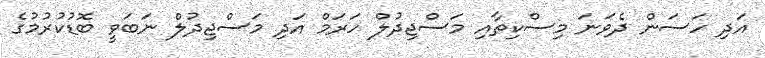
އަދި ހަސަން ދެވަނަ މިސްކިތާއި މަސްޖިދުލް ހަރަމް އަދި މަސްޖިދުލް ނަބަވީ ބޮޑުކުރުމުގެ